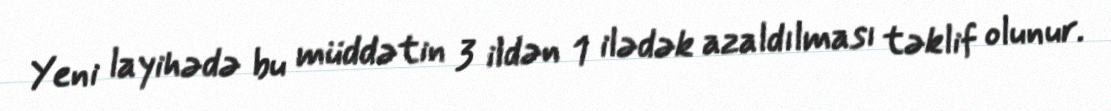
Yeni layihədə bu müddətin 3 ildən 1 ilədək azaldılması təklif olunur.